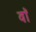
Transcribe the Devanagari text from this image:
वाॅ